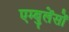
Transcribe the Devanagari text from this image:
एम्बुलेंसों